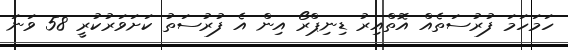
ހަމަހަމަ ފުރުސަތެއް އޮތްއިރު ޑިނިޕްރޯ އިން އެ ފުރުސަތު ކަށަވަރުކުރީ 58 ވަނަ